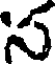
స